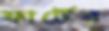
ফার্টের